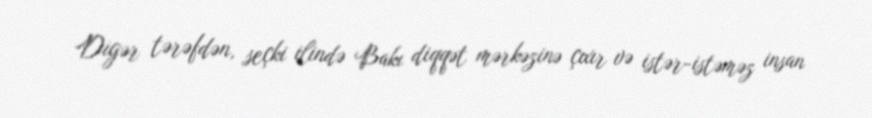
Digər tərəfdən, seçki ilində Bakı diqqət mərkəzinə çıxır və istər-istəməz insan